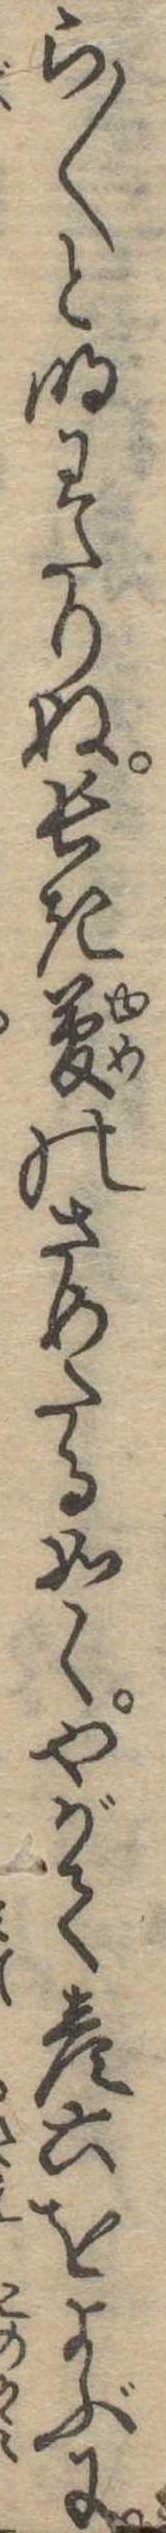
ら〱と明わたりぬ長き夢のさめたる如くやがて彦六をよぶに